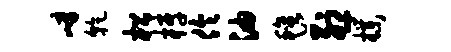
嶂干松梓伶油毡烈朴